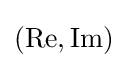
(\operatorname {Re} ,\operatorname {Im} )